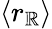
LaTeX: \langle r_{\mathbb{R}}\rangle